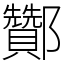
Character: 酇